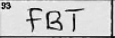
Transcription: FBT